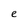
Character: e